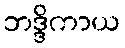
ဘဒ္ဒိကာယ